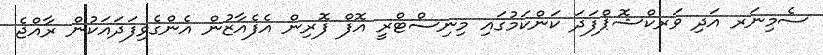
ސެމިނަރ އަދި ވަރކްޝޮޕްފަދަ ކަންކަމުގައި މިނިސްޓްރީ އޮފް ފޮރިން އެފެއާޒުން އެންގެވިފަދައަކުން ރާއްޖެ